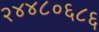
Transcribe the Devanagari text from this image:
२४४८०६८६